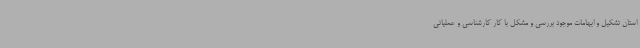
استان تشکیل و ابهامات موجود بررسی و مشکل با کار کارشناسی و عملیاتی